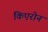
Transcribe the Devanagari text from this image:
किएरोन